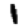
Digit: 1